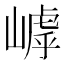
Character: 𡻻